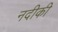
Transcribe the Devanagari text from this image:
नदीकी